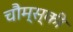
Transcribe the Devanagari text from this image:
चौम्स्की